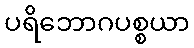
ပရိဘောဂပစ္စယာ